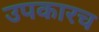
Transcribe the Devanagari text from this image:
उपकारच